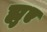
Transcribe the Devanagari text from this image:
ह्युए